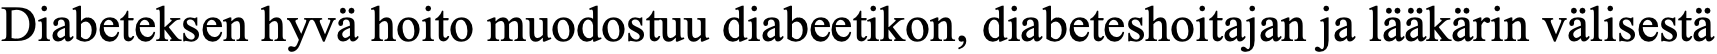
Diabeteksen hyvä hoito muodostuu diabeetikon, diabeteshoitajan ja lääkärin välisestä